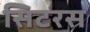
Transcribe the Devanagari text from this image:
सिटरस